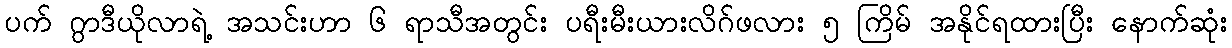
ပက် ဂွာဒီယိုလာရဲ့ အသင်းဟာ ၆ ရာသီအတွင်း ပရီးမီးယားလိဂ်ဖလား ၅ ကြိမ် အနိုင်ရထားပြီး နောက်ဆုံး